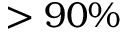
> 9 0 \%